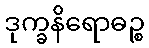
ဒုက္ခနိရောဓဉ္စ